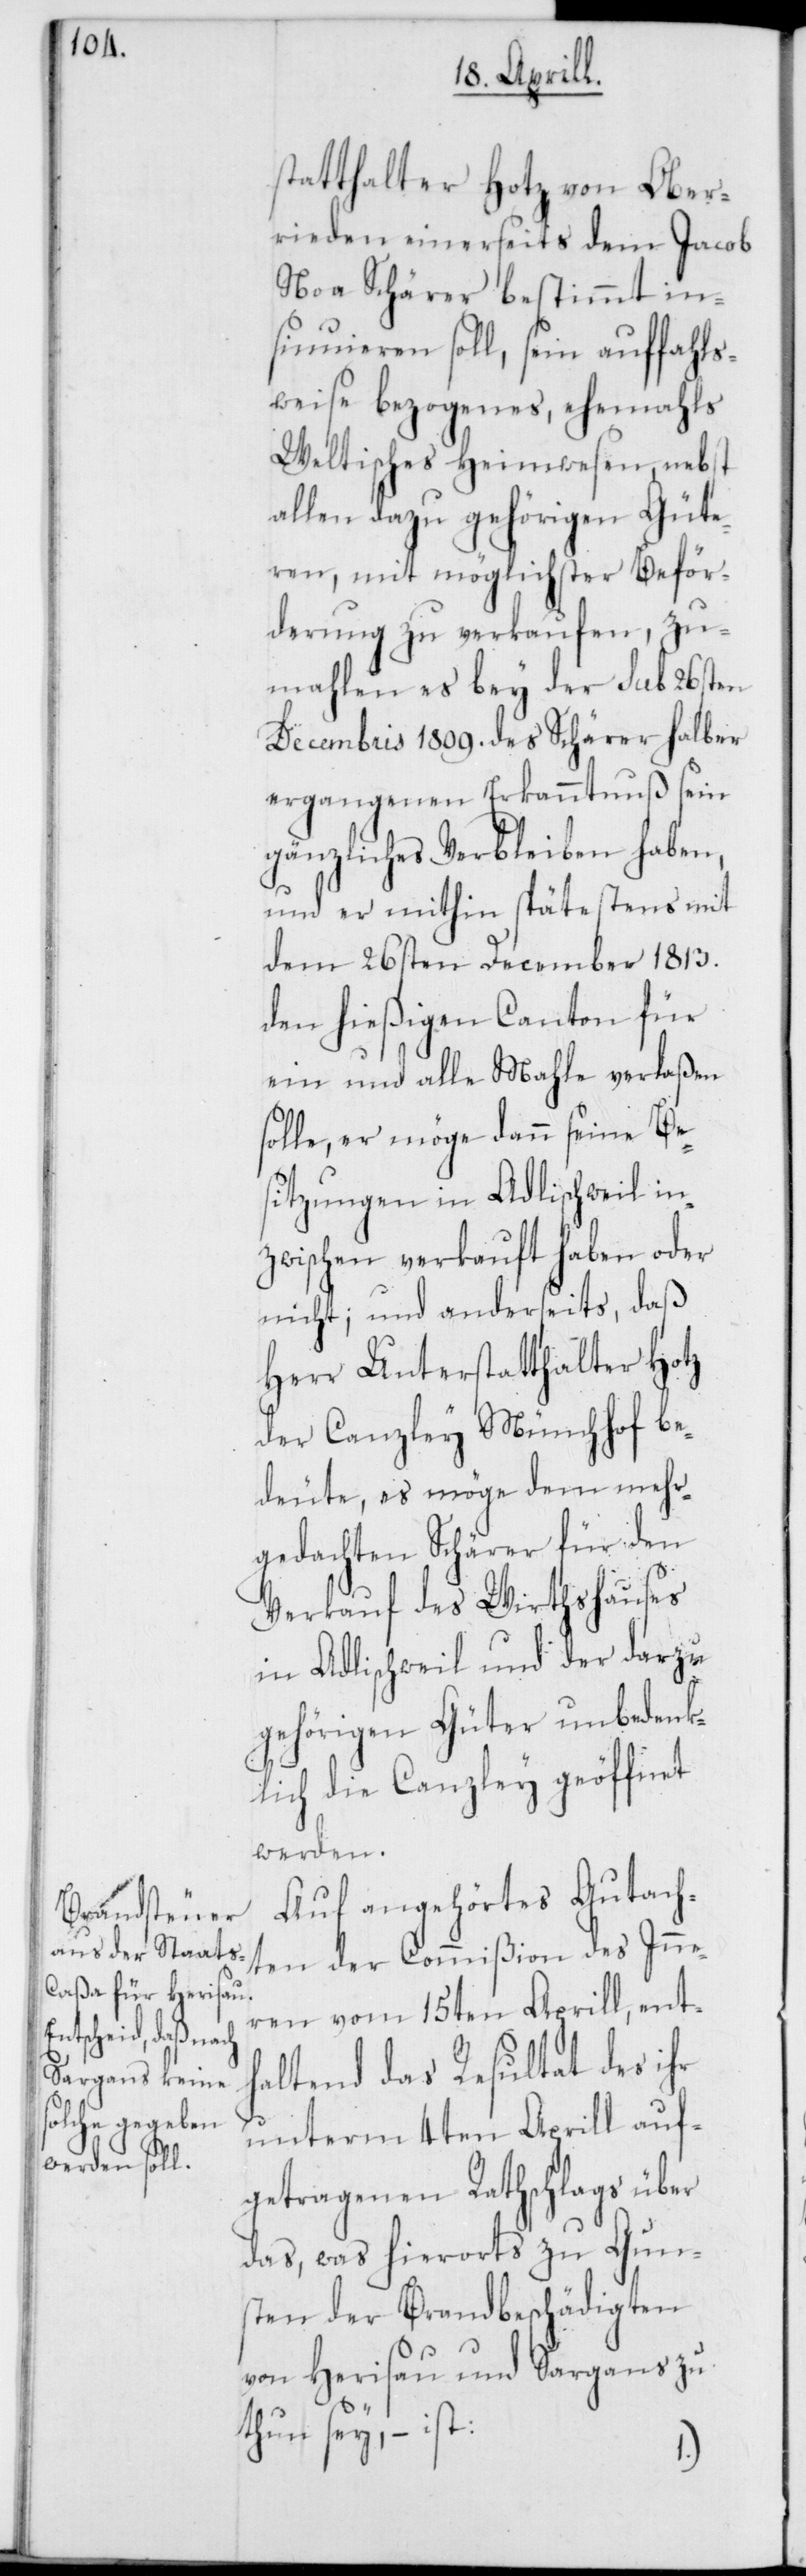
statthalter Hotz von Ober¬
rieden einerseits dem Jacob
Noa Schärer bestimmt in¬
sinuieren soll, sein auffahls¬
weise bezogenes, ehemahls
Weltisches Heimwesen, nebst
allen dazu gehörigen Güte¬
ren, mit möglichster Beför¬
derung zu verkaufen, zu¬
mahlen es bey der sub 26sten
Decembris 1809. des Schärer halber
ergangenen Erkanntnus sein
gänzliches Verbleiben haben,
und er mithin spätestens mit
dem 26sten December 1813.
den hießigen Canton für
ein und alle Mahle verlaßen
solle, er möge dann seine Be¬
sitzungen in Adlischweil in¬
zwischen verkauft haben oder
nicht; und anderseits daß
Herr Unterstatthalter Hotz
der Canzley Münchhof be¬
deute, es möge dem mehr¬
gedachten Schärer für den
Verkauf des Wirthshauses
in Adlischweil und der darzu¬
gehörigen Güter unbedenk¬
lich die Canzley geöffnet
werden.
Auf angehörtes Gutach¬
ten der Commißion des Inne¬
ren vom 15ten Aprill, ent¬
haltend das Resultat des ihr
unterm 4ten Aprill auf¬
getragenen Rathschlags über
das, was hierorts zu Gun¬
sten der Brandbeschädigten
von Herisau und Sargans zu
thun sey, ist: